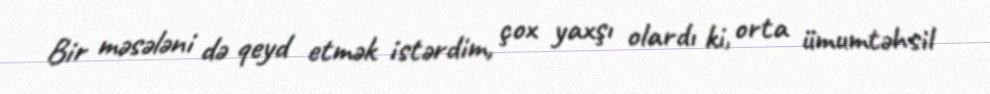
Bir məsələni də qeyd etmək istərdim, çox yaxşı olardı ki, orta ümumtəhsil